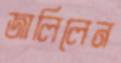
জালিলেন